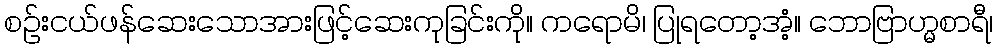
စဉ်းငယ်ဖန်ဆေးသောအားဖြင့်ဆေးကုခြင်းကို။ ကရောမိ၊ ပြုရတော့အံ့။ ဘောဗြာဟ္မစာရီ၊